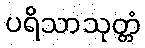
ပရိသာသုတ္တံ